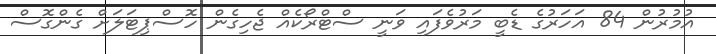
އުމުރުން 84 އަހަރުގެ ޑެބީ މަރުވެފައި ވަނީ ސްޓްރޯކެއް ޖެހިގެން ހޮސްޕިޓަލަށް ގެންގޮސް